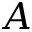
A